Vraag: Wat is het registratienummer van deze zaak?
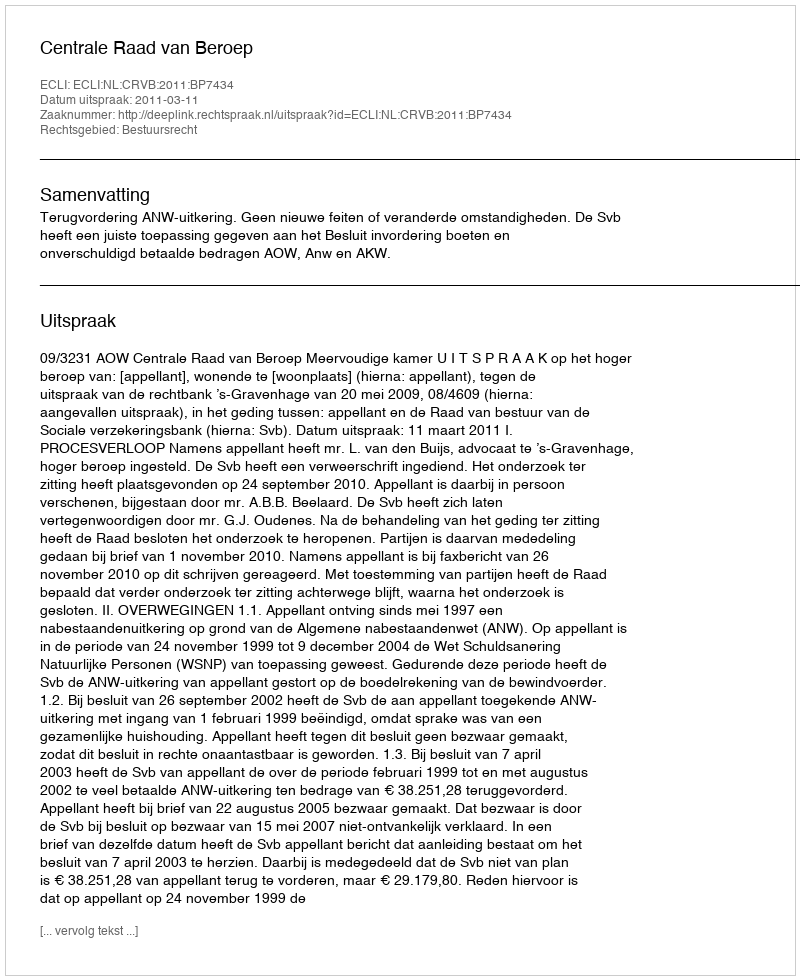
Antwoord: http://deeplink.rechtspraak.nl/uitspraak?id=ECLI:NL:CRVB:2011:BP7434